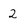
Character: 2